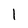
Character: I